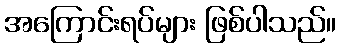
အကြောင်းရပ်များ ဖြစ်ပါသည်။